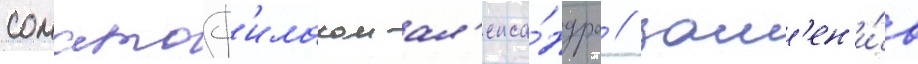
соматоф'илаком ал'екса́ндра / зам'ен'и́в